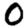
Digit: 0